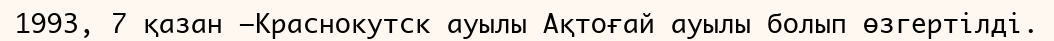
1993, 7 қазан —Краснокутск ауылы Ақтоғай ауылы болып өзгертілді.